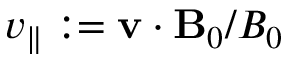
v _ { \parallel } : = \mathbf { v } \cdot \mathbf { B } _ { 0 } / B _ { 0 }